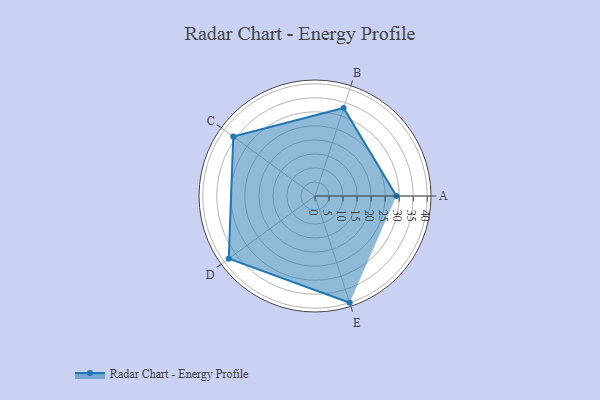
{"axis": {"x": "Skill", "y": "Score"}, "legend": ["Profile"], "data": [{"x": "A", "y": 29.0, "type": "Profile"}, {"x": "B", "y": 33.0, "type": "Profile"}, {"x": "C", "y": 36.0, "type": "Profile"}, {"x": "D", "y": 38.0, "type": "Profile"}, {"x": "E", "y": 40.0, "type": "Profile"}]}